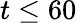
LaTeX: t\le 60